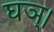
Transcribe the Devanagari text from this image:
घञ्।